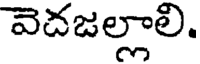
వెదజల్లాలి.